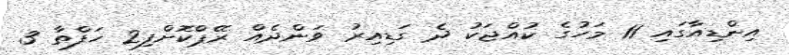
އިންޑިއާގައި 11 މަހުގެ ކުއްޖަކު ދެ ގަޑިއިރު ވަންދެއް ރޭޕްކޮށްފި2 ހަފްތާ 3